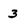
Character: 3